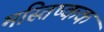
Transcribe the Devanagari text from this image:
मस्तिष्कक